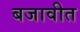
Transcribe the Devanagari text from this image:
बजावीत